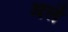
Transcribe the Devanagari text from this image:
अलॆ